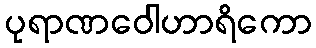
ပုရာဏဝေါဟာရိကော